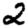
Digit: 2